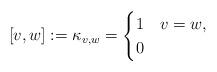
LaTeX: \begin{align*} [v,w]:=\kappa_{v,w}=\begin{cases}1 & v=w, \\0 & \end{cases}\end{align*}